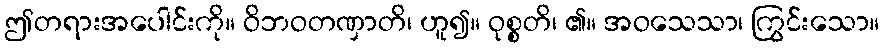
ဤတရားအပေါင်းကို။ ဝိဘဝတဏှာတိ၊ ဟူ၍။ ဝုစ္စတိ၊ ၏။ အဝသေသာ၊ ကြွင်းသော။